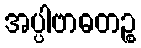
အပ္ပါဗာဓတဉ္စ